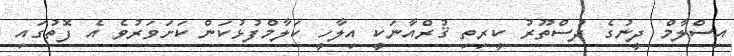
އިސްލާމް ދީނުގެ ދުސްތޫރު ކީރިތި ޤުރްއާނަކީ އިލާހީ ކަލާމްފުޅުކަން ކަށަވަރުވެ އެ ފޮތުގައި